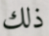
ذلك